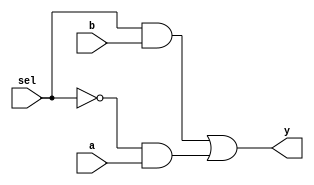
module mux2x1_gate_level (a,b,sel,y);
    input a, b; // Data inputs
    input sel; // Selection input
    output y; // Output
    // Gate-level implementation of the multiplexer
    wire and_b, and_not_sel, and_a;
    wire or_output,not_sel;

    and (and_b, sel, b); // AND gate for (sel & b)
    not (not_sel, sel); // NOT gate for ~sel
    and (and_not_sel, not_sel, a); // AND gate for (~sel & a)
    or (or_output, and_b, and_not_sel); // OR gate for (sel & b) | (~sel & a)

    assign y = or_output; // Output from the OR gate

endmodule 


module mux2x1_16bit (y, a, b, sel);
    input [15:0] a;
    input [15:0] b;
    input sel;
    output [15:0] y;

    // Gate-level implementation of the 16-bit multiplexer
    mux2x1_gate_level mux_inst0(.a(a[0]), .b(b[0]), .sel(sel), .y(y[0]));
    mux2x1_gate_level mux_inst1(.a(a[1]), .b(b[1]), .sel(sel), .y(y[1]));
    mux2x1_gate_level mux_inst2(.a(a[2]), .b(b[2]), .sel(sel), .y(y[2]));
    mux2x1_gate_level mux_inst3(.a(a[3]), .b(b[3]), .sel(sel), .y(y[3]));
    mux2x1_gate_level mux_inst4(.a(a[4]), .b(b[4]), .sel(sel), .y(y[4]));
    mux2x1_gate_level mux_inst5(.a(a[5]), .b(b[5]), .sel(sel), .y(y[5]));
    mux2x1_gate_level mux_inst6(.a(a[6]), .b(b[6]), .sel(sel), .y(y[6]));
    mux2x1_gate_level mux_inst7(.a(a[7]), .b(b[7]), .sel(sel), .y(y[7]));
    mux2x1_gate_level mux_inst8(.a(a[8]), .b(b[8]), .sel(sel), .y(y[8]));
    mux2x1_gate_level mux_inst9(.a(a[9]), .b(b[9]), .sel(sel), .y(y[9]));
    mux2x1_gate_level mux_inst10(.a(a[10]), .b(b[10]), .sel(sel), .y(y[10]));
    mux2x1_gate_level mux_inst11(.a(a[11]), .b(b[11]), .sel(sel), .y(y[11]));
    mux2x1_gate_level mux_inst12(.a(a[12]), .b(b[12]), .sel(sel), .y(y[12]));
    mux2x1_gate_level mux_inst13(.a(a[13]), .b(b[13]), .sel(sel), .y(y[13]));
    mux2x1_gate_level mux_inst14(.a(a[14]), .b(b[14]), .sel(sel), .y(y[14]));
    mux2x1_gate_level mux_inst15(.a(a[15]), .b(b[15]), .sel(sel), .y(y[15]));

endmodule


module mux4x2_16bit (y, a, b, c, d, sel);
    input [15:0] a, b, c, d;
    input [1:0] sel;
    output [15:0] y;
    wire [15:0] y1, y2;
    
    mux2x1_16bit mux_inst0(.a(a), .b(b), .sel(sel[0]), .y(y1));
    mux2x1_16bit mux_inst1(.a(c), .b(d), .sel(sel[0]), .y(y2));
    mux2x1_16bit mux_inst2(.a(y1), .b(y2), .sel(sel[1]), .y(y));
  
endmodule

module register_files(
//  input    clk,
 input    reg_write_en,
  input  [3:0] reg_write_dest,
 input  [15:0] reg_write_data,
 //read port 1
  input  [3:0] reg_read_addr_1,
 output reg [15:0] reg_read_data_1,
 //read port 2
  input  [3:0] reg_read_addr_2,
  input  reg_read_en_2,reg_read_en_1 , 
 output  reg [15:0] reg_read_data_2
);
  reg [15:0] reg_array [15:0];
 initial begin
   reg_array[0] <= 16'b0000000000000000;
   reg_array[1] <= 16'b0000000000000000;
   reg_array[2] <= 16'b0000000000000000;
   reg_array[3] <= 16'b0000000000000000;
   reg_array[4] <= 16'b0000000000000000;
   reg_array[5] <= 16'b0000000000000000;
   reg_array[6] <= 16'b0000000000000000;
   reg_array[7] <= 16'b0000000000000000;
   reg_array[8] <= 16'b0000000000000000;
   reg_array[9] <= 16'b0000000000000000;
   reg_array[10] <= 16'b0000000000000000;
   reg_array[11] <= 16'b0000000000000000;
   reg_array[12] <= 16'b0000000000000000;
   reg_array[13] <= 16'b0000000000000000;
   reg_array[14] <= 16'b0000000000000000;
   reg_array[15] <= 16'b0000000000000000;
 end
  
  wire[15:0]  reg_write_en_cond , reg_read_data_1_cond , reg_read_data_2_cond ;
  
mux2x1_16bit m1(.y( reg_write_en_cond), .a( reg_array[reg_write_dest]), .b( reg_write_data), .sel(reg_write_en)) ;
  mux2x1_16bit m2(.y( reg_read_data_1_cond), .a(  reg_read_data_1), .b( reg_array[reg_read_addr_1]), .sel(reg_read_en_1)) ;
  mux2x1_16bit m3(.y( reg_read_data_2_cond), .a( reg_read_data_2), .b( reg_array[reg_read_addr_2]), .sel(reg_read_en_2)) ;
  
  
  always @ (*) begin
    
    reg_array[reg_write_dest] <= reg_write_en_cond ;
    reg_read_data_1 <= reg_read_data_1_cond ;
    reg_read_data_2 <= reg_read_data_2_cond ;
    
 end
//     always @* begin
//     $monitor("time: %0t, reg_write_en: %b, reg_write_dest: %h, reg_write_data: %h, reg_read_addr_1: %h, reg_read_en_1: %b, reg_read_data_1: %h, reg_read_addr_2: %h, reg_read_en_2: %b, reg_read_data_2: %h",
//              $time, reg_write_en, reg_write_dest, reg_write_data, reg_read_addr_1, reg_read_en_1, reg_read_data_1, reg_read_addr_2, reg_read_en_2, reg_read_data_2);
//   end


endmodule
//module ALU_16bit(
//    input [15:0] A,       // 16-bit input operand A
//    input [15:0] B,       // 16-bit input operand B
//    input [1:0] opcode,   // 2-bit control input for selecting operation
//    output [15:0] result,
//   output zero// 16-bit output result
////     output cout           // Output carry
//);

//    wire [15:0] selected_result;
//    assign selected_result = (opcode == 2'b00) ? A :       // Pass A as output
//                              (opcode == 2'b01) ? A+B :     // Pass A+B as output
//                              (opcode == 2'b10) ? A - B :   // Pass A-B as output
//                              16'b0;                        // Default output

//    // Output result based on opcode
//    assign result = selected_result;
	
//    // Output carry
//  assign zero = result==16'b0000000000001101 ? 1'b1: 1'b0;
////     assign cout = c[15];

//endmodule


//module multiplexer_4x1_16bit(
//    input [15:0] data0, // Input data 0
//    input [15:0] data1, // Input data 1
//    input [15:0] data2, // Input data 2
//    input [15:0] data3, // Input data 3
//    input [1:0] select, // Selection lines
//  output reg [15:0] mout // Output data
//    );

//always @(*) begin
//    case (select)
//        2'b00: mout = data0;
//        2'b01: mout = data1;
//        2'b10: mout = data2;
//        2'b11: mout = data3;
//        default: mout = 16'd0; // Default case
//    endcase
//end

//endmodule

module halfadder (S, C, x, y);
    input x, y;
    output S, C;
    xor (S, x, y);
    and (C, x, y);
endmodule

module fulladder (S, C, x, y, z);
    input x, y, z;
    output S, C;
    wire S1, D1, D2;
    halfadder HA1 (S1, D1, x, y);
    halfadder HA2 (S, D2, S1, z);
    or g1 (C, D2, D1);
endmodule






module sixteen_bit_adder (S, A, B);
    input [15:0] A, B;
    output [15:0] S; 
//     output C16;
    wire [15:0] C;
    wire [15:0] C_intermediate;
    wire [15:0] S_intermediate;
  
    fulladder FA0 (S_intermediate[0], C[0], A[0], B[0], 1'b0);
    fulladder FA1 (S_intermediate[1], C[1], A[1], B[1], C[0]);
    fulladder FA2 (S_intermediate[2], C[2], A[2], B[2], C[1]);
    fulladder FA3 (S_intermediate[3], C[3], A[3], B[3], C[2]);
    fulladder FA4 (S_intermediate[4], C[4], A[4], B[4], C[3]);
    fulladder FA5 (S_intermediate[5], C[5], A[5], B[5], C[4]);
    fulladder FA6 (S_intermediate[6], C[6], A[6], B[6], C[5]);
    fulladder FA7 (S_intermediate[7], C[7], A[7], B[7], C[6]);
    fulladder FA8 (S_intermediate[8], C[8], A[8], B[8], C[7]);
    fulladder FA9 (S_intermediate[9], C[9], A[9], B[9], C[8]);
    fulladder FA10 (S_intermediate[10], C[10], A[10], B[10], C[9]);
    fulladder FA11 (S_intermediate[11], C[11], A[11], B[11], C[10]);
    fulladder FA12 (S_intermediate[12], C[12], A[12], B[12], C[11]);
    fulladder FA13 (S_intermediate[13], C[13], A[13], B[13], C[12]);
    fulladder FA14 (S_intermediate[14], C[14], A[14], B[14], C[13]);
    fulladder FA15 (S_intermediate[15], C[15], A[15], B[15], C[14]);
  
    assign S = S_intermediate;
//     assign C16 = C[15];

endmodule









module sixteen_bit_subtractor (S, A, B);
    input [15:0] A, B;
    output [15:0] S; 
//     output C16;
    wire [15:0] B_complement;
    wire [15:0] C;
  wire [15:0] C_intermediate;
  wire [15:0] S_intermediate;
  
    // Create the complement of B
    not(B_complement[0],B[0]);
    not(B_complement[1],B[1]);
    not(B_complement[2],B[2]);
    not(B_complement[3],B[3]);
    not(B_complement[4],B[4]);
    not(B_complement[5],B[5]);
    not(B_complement[6],B[6]);
    not(B_complement[7],B[7]);
    not(B_complement[8],B[8]);
    not(B_complement[9],B[9]);
    not(B_complement[10],B[10]);
    not(B_complement[11],B[11]);
    not(B_complement[12],B[12]);
    not(B_complement[13],B[13]);
    not(B_complement[14],B[14]);
    not(B_complement[15],B[15]);
  
    // Use the existing 16-bit adder module with A and the complement of B
    sixteen_bit_adder adder_inst (.S(S_intermediate), .A(A), .B(B_complement));
  
  sixteen_bit_adder adder_inst2 (.S(S), .A(16'b0000000000000001), .B(S_intermediate));
    // Assign the outputs
//     assign C16 = C[15];
     // initial begin
       // $monitor("Time = %t, A = %b, B = %b, S = %b", $time, A, B, S);
    //end
endmodule

module ALU_16bit(
    input [15:0] A,       // 16-bit input operand A
    input [15:0] B,       // 16-bit input operand B
    input [1:0] opcode,   // 2-bit control input for selecting operation
    output [15:0] result,
   output zero// 16-bit output result
//     output cout           // Output carry
);
  wire [15:0] sum , diff ;
  
  sixteen_bit_adder a1(.S(sum), .A(A), .B(B));
  sixteen_bit_subtractor s1(.S(diff), .A(A), .B(B));
  mux4x2_16bit m1(.y(result), .a(A), .b(sum), .c(diff), .d(16'b0000000000000000), .sel(opcode));
  
  
  wire [15:0] inter;
    or b1(inter[0],A[0],A[1]);
  or b2(inter[1],inter[0],A[2]);
  or b3(inter[2],inter[1],A[3]);
  or b4(inter[3],inter[2],A[4]);
  or b5(inter[4],inter[3],A[5]);
  or b6(inter[5],inter[4],A[6]);
  or b7(inter[6],inter[5],A[7]);
  or b8(inter[7],inter[6],A[8]);
  or b9(inter[8],inter[7],A[9]);
  or b10(inter[9],inter[8],A[10]);
  or b11(inter[10],inter[9],A[11]);
  or b12(inter[11],inter[10],A[12]);
  or b13(inter[12],inter[11],A[13]);
  or b14(inter[13],inter[12],A[14]);
  or b15(inter[14],inter[13],A[15]);
  
  wire check;
  
//  not(check,inter[14]);
//  assign zero=check;
    not(zero,inter[14]);
  
//         initial begin
//         $monitor("Time = %t, A = %b, B = %b, opcode = %b, result = %b, zero = %b", $time, A, B, opcode, result, zero);
//     end

  endmodule






module Data_Memory(
  input [7:0]   mem_addr,
 input [15:0]   mem_write_data,
  
 input     mem_write_en,
 input mem_read_en,
 output reg [15:0]   mem_read_data
);

 reg [15:0] memory [255:0];
 wire [15:0]temp_data;
initial
 begin
   $readmemb("data_test.mem", memory,0,1);
//   #1500
//   $writememb("C:/Users/csehw/project_final/write.txt",memory,0,4);
   #1000
    $monitor("time: %d,memory[0]:%d,memory[1]:%d,memory[2]:%d ,memory[3]:%d,memory[4]:%d,memory[5]:%d,memory[6]:%d,memory[7]:%d,memory[8]:%d,memory[9]:%d,memory[10]:%d,memory[11]:%d,memory[12]:%d,memory[13]:%d,memory[14]:%d,memory[15]:%d", 
                 $time,memory[0],memory[1],memory[2],memory[3],memory[4],memory[5],memory[6],memory[7],memory[8],memory[9],memory[10],memory[11],memory[12],memory[13],memory[14],memory[15]);
 end	
 mux2x1_16bit mu2(.a(16'b0000000000000000),.b(memory[mem_addr]),.sel(mem_read_en),.y(temp_data));
  always @(*) begin
   if (mem_write_en) begin
     memory[mem_addr] = mem_write_data;
   end
//    
// 	mem_read_data = (mem_read_en==1'b1) ? memory[mem_addr]: 16'd0; 
    mem_read_data=temp_data; 	
     
   end
//   always @(*) begin
//     $monitor("time: %d,memory[0]: %b", 
//           $time,memory[0]);
// end

endmodule
module Datapath_Unit(
//  input clk,
  output zero,
  input [1:0] alu_op,
//       output reg jump,beq,bne,mem_read,mem_write,alu_src,reg_dst,mem_to_reg,reg_write    
  input [7:0] D_addr ,
  input D_rd ,D_wr ,
  input [7:0] register_const,
  input [1:0] mux1_sel,
   input    reg_write_en,
  input  [3:0] reg_write_addr,
//  input  [15:0] reg_write_data,
  input  [3:0] reg_read_addr_1,
  input  [3:0] reg_read_addr_2,
  input reg_read_en_1 ,reg_read_en_2,
  output  [15:0] ALUout2
);

 wire [15:0] reg_read_data_1;

 wire [15:0] reg_read_data_2;

  
  
  wire[15:0] mem_read_data;
  Data_Memory dm
  (
    .mem_addr( D_addr),
     .mem_write_data(reg_read_data_1),
    .mem_write_en( D_wr ),
    .mem_read_en(D_rd ),
    .mem_read_data(mem_read_data)
  );
  wire[15:0] mout;
  wire[15:0] ALUout;
  assign ALUout2=ALUout;
  wire[15:0] useless;
  assign useless = 16'b0;
  wire[15:0] ext_const ;
  assign ext_const = {{8{register_const[7]}},register_const[7:0]};
  
//   multiplexer_4x1_16bit m1(
//     .data0(ALUout), 
//     .data1(mem_read_data), 
//     .data2( ext_const), 
//     .data3(useless), 
//     .select( mux1_sel), 
//     .mout(mout) // Output data
//     );
    mux4x2_16bit m1(
    .a(ALUout),
    .b(mem_read_data),
    .c(ext_const),
    .d(useless),
    .sel(mux1_sel),
    .y(mout)
    );


register_files regfile (
  .reg_write_en(reg_write_en),
  .reg_write_dest(reg_write_addr),
  .reg_write_data(mout),
  .reg_read_addr_1( reg_read_addr_1),
  .reg_read_data_1( reg_read_data_1),
  .reg_read_addr_2(reg_read_addr_2),
  .reg_read_en_2(reg_read_en_2),
  .reg_read_en_1(reg_read_en_1 ) , 
  .reg_read_data_2(reg_read_data_2)
);
  ALU_16bit alu(
   .A(reg_read_data_1),       // 16-bit input operand A
   .B(reg_read_data_2),       // 16-bit input operand B
   .opcode(alu_op),   // 2-bit control input for selecting operation
   .result(ALUout),
   .zero( zero)// 16-bit output result

 );
endmodule